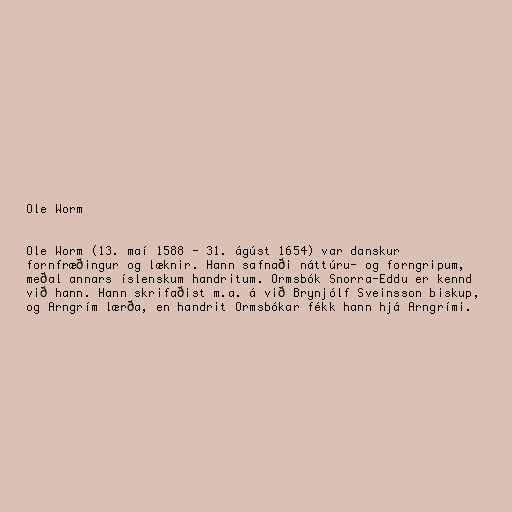
Ole Worm

Ole Worm (13. maí 1588 - 31. ágúst 1654) var danskur
fornfræðingur og læknir. Hann safnaði náttúru- og forngripum,
meðal annars íslenskum handritum. Ormsbók Snorra-Eddu er kennd
við hann. Hann skrifaðist m.a. á við Brynjólf Sveinsson biskup,
og Arngrím lærða, en handrit Ormsbókar fékk hann hjá Arngrími.